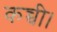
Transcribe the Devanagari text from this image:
कच्ची।